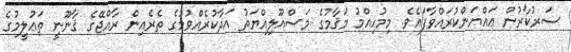
ސަރުކާރުން ޢައްޔަންކުރައްވާފައެވެ. މިމުހިއްމު މަޤާމުގެ މަސްއޫލިއްޔަތު އަދާކުރެއްވުމުގެ ތެރެއިން ރާއްޖޭގެ ޤާނޫނީ ތަޢުލީމުގެ